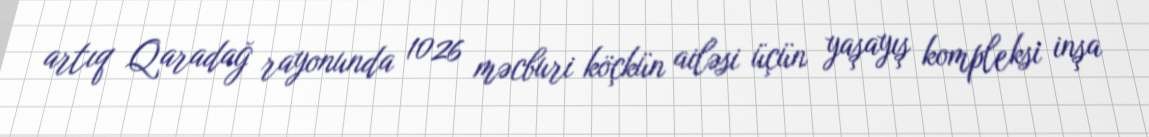
artıq Qaradağ rayonunda 1026 məcburi köçkün ailəsi üçün yaşayış kompleksi inşa